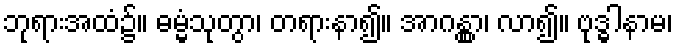
ဘုရားအထံ၌။ ဓမ္မံသုတွာ၊ တရားနာ၍။ အာဂန္တွာ၊ လာ၍။ ဗုဒ္ဓါနာမ၊